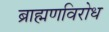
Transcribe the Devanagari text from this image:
ब्राह्मणविरोध